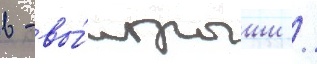
в - вы́игрыши /